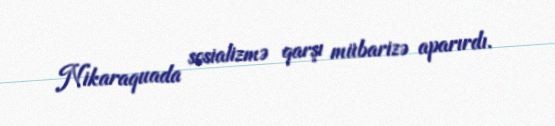
Nikaraquada sosializmə qarşı mübarizə aparırdı.